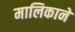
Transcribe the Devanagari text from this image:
मालिकाने